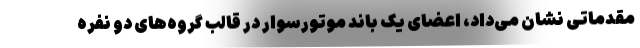
مقدماتی نشان می‌داد، اعضای یک باند موتورسوار در قالب گروه‌های دو نفره